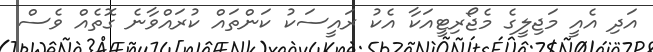
އަދި އެއީ މަޖިލީގެ މެޖޯރިޓީއަކާ އެކު ރައީސަކު ކަންތައް ކުރައްވާނެ ގޮތެއް ވެސް